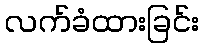
လက်ခံထားခြင်း